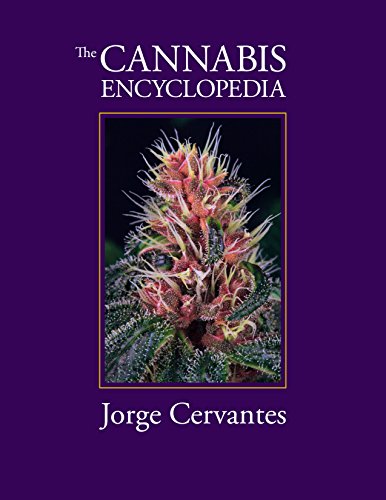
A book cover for The Cannabis Encyclopedia: the definitive guide to cultivation & consumption of medical marijuana; Jorge Cervantes; Humor & Entertainment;